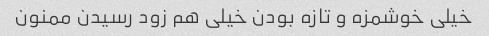
خیلی خوشمزه و تازه بودن خیلی هم زود رسیدن ممنون